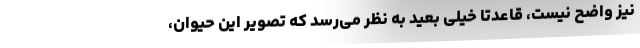
نیز واضح نیست، قاعدتا خیلی بعید به نظر می‌رسد که تصویر این حیوان،